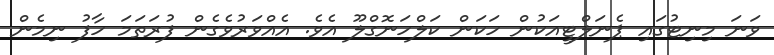
ވަނަ މިނިޓުގައި ޕެނަލްޓީއަކުން ހަކަން ކަލްހަނޮގްލޫ އެވެ. އެއްވަރުވެގެން ފުރަތަމަ ހާފު ނިމެން